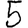
Digit: 5